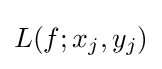
L(f;x_{j},y_{j})